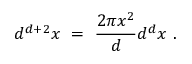
d ^ { d + 2 } x ~ = ~ \frac { 2 \pi x ^ { 2 } } { d } d ^ { d } x ~ .